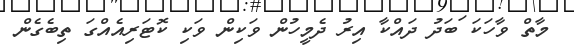
މާތް ވާހަކަ ަބަދު ދައްކާ އިރު ދެމީހުން ވަކިން ވަކި ކޮޓަރިއެއްގަ ތިބެގެން